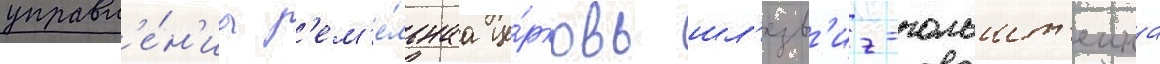
управл'е́н'иа з'ем'е́льнаа це́рковь шл'езв'иг-гольшт'еина